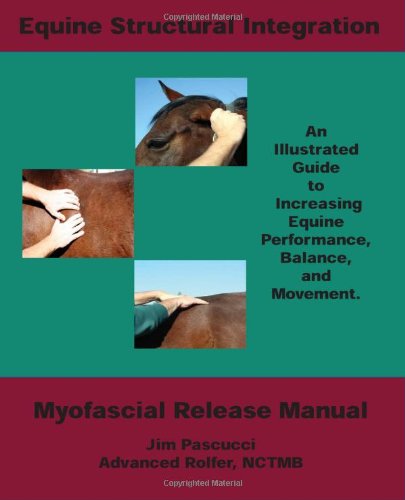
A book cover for Equine Structural Integration: Myofascial Release Manual; James Vincent Pascucci; Medical Books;